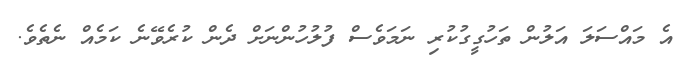
އެ މައްސަލަ އަލުން ތަހުގީގުކުރި ނަމަވެސް ފުލުހުންނަށް ދެން ކުރެވޭނެ ކަމެއް ނެތެވެ.